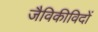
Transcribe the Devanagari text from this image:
जैविकीविदों